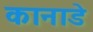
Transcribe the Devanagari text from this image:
कानाडे